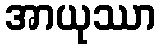
အာယုဿာ